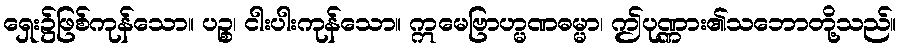
ရှေး၌ဖြစ်ကုန်သော။ ပဉ္စ၊ ငါးပါးကုန်သော။ ဣမေဗြာဟ္မဏဓမ္မာ၊ ဤပုဏ္ဏား၏သဘောတို့သည်။